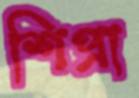
শিপ্রা